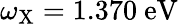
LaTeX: \omega_{\mathrm{{X}}}=1.370~\mathrm{{eV}}